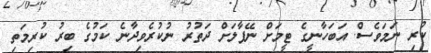
ކުރި ނަމަވެސް. އަބަހާނީގެ ޓީމަށް ނޭޕާލަށް ދަތުރު ނުކުރެވިދާނެ ކަމުގެ ބިރު ކުރިމަތި